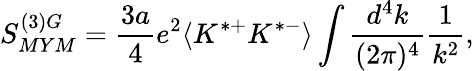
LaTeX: S_{MYM}^{(3)G}={\frac{3a}{4}}e^{2}\langle K^{*+}K^{*-}\rangle\int{\frac{d^{4}k}{(2\pi)^{4}}}{\frac{1}{k^{2}}},